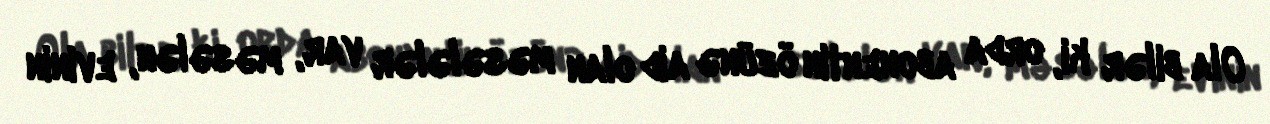
Ola bilər ki, orda abonentin özünə aid olan məsələlər var, məsələn, evinin